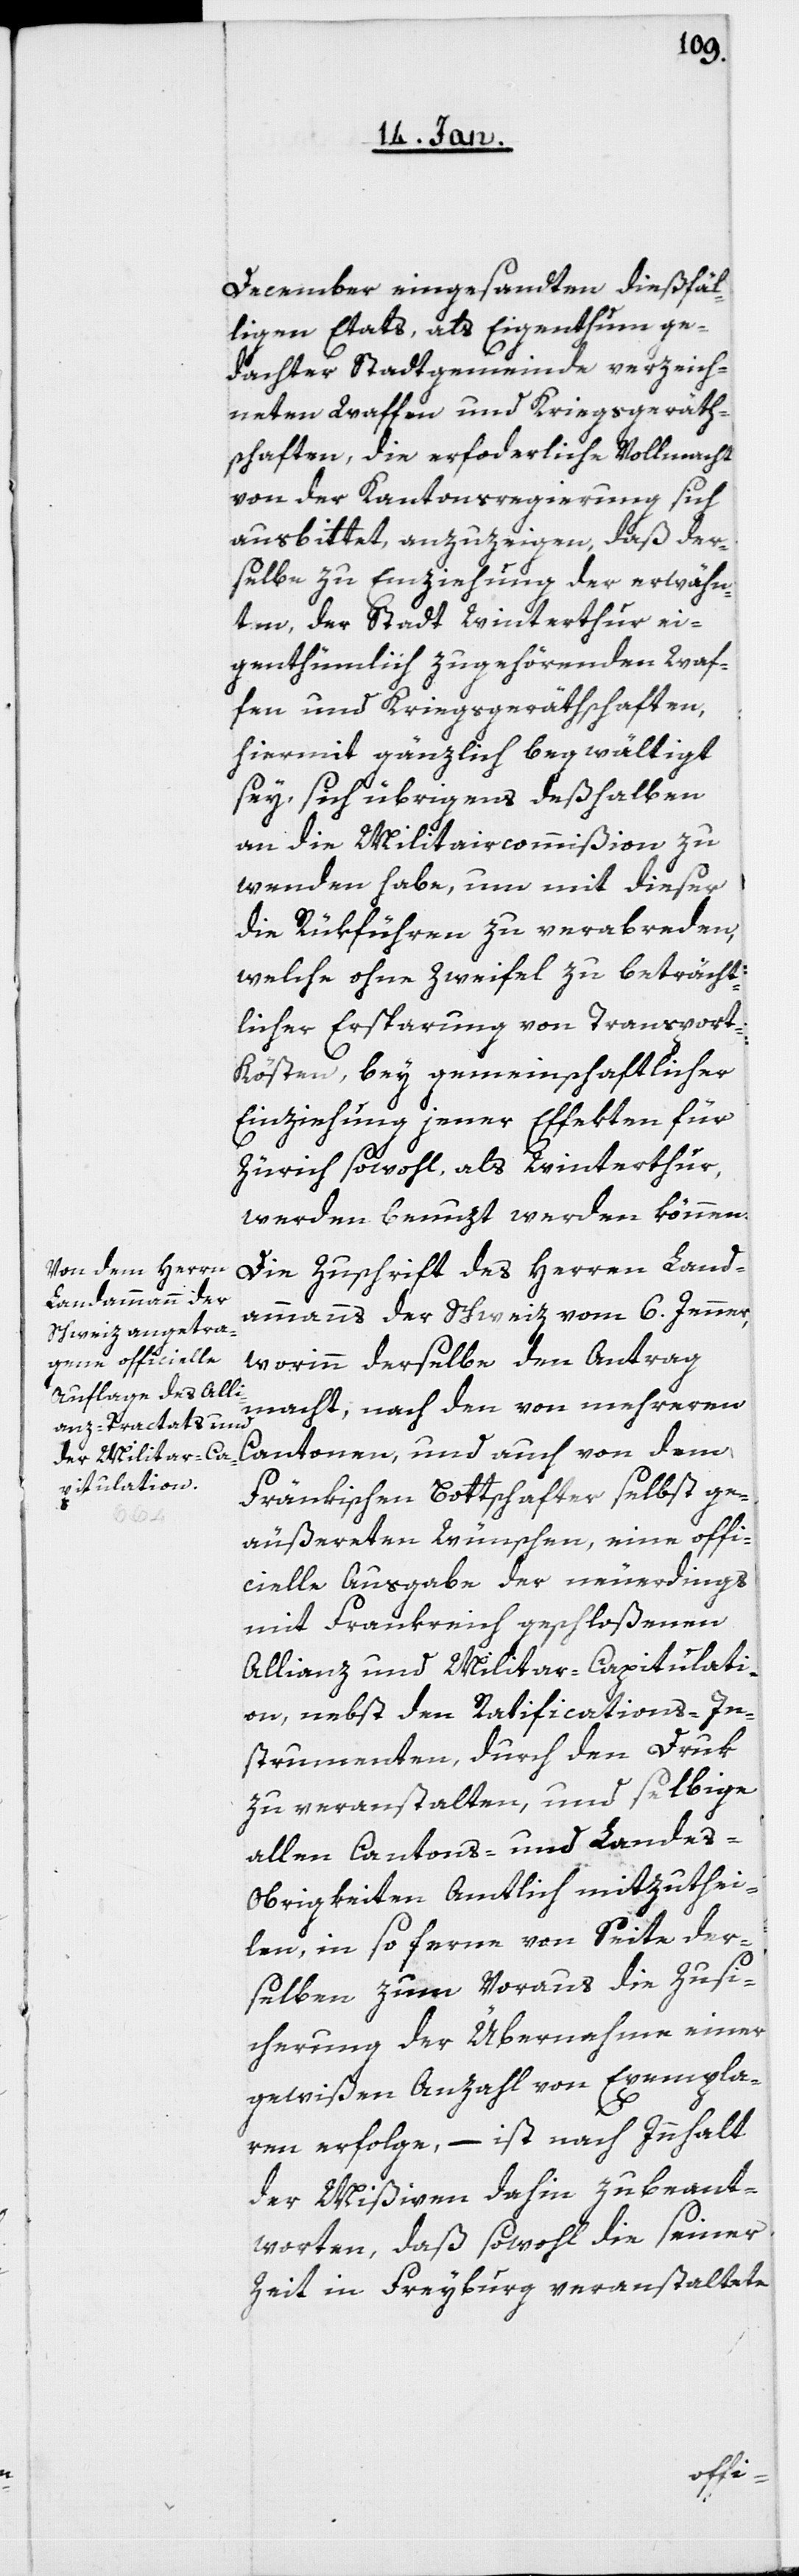
December eingesandten dießfäl¬
ligen Etats, als Eigenthum ge¬
dachter Stadtgemeinde verzeich¬
neten Waffen und Kriegsgeräth¬
schaften, die erforderliche Vollmacht
von der Kantonsregierung sich
ausbittet, anzuzeigen, daß der¬
selbe zu Einziehung der erwähn¬
ten, der Stadt Winterthur ei¬
genthümlich zugehörenden Waf¬
fen und Kriegsgeräthschaften,
hiermit gänzlich begwältigt
sey, sich übrigens deßelben
an die Militaircommißion zu
wenden habe, um mit dieser
welche ohne Zweifel zu beträcht¬
licher Ersparung von Transpor¬
t-Kösten, bey gemeinschaftlicher
Einziehung jener Effekten für
Zürich sowohl, als Winterthur
werden benuzt werden können.
Die Zuschrift des Herren Land¬
ammanns der Schweiz vom 6. Jenner,
worinn derselbe den Antrag
macht, nach den von mehreren
Cantonen, und auch von dem
Fränkischen Bottschafter selbst ge¬
äußerten Wünschen, eine offi¬
cielle Ausgabe der neuerdings
mit Frankreich geschloßenen
Allianz und Militar-Capitulati¬
on, nebst den Ratifications-In¬
strumenten, durch den Druk
zu veranstalten, und selbige
allen Cantons- und Lande¬
s-Obrigkeiten Amtlich mitzuthei¬
len, in so ferne von Seite der¬
selben zum Voraus die Zusi¬
cherung der Übernahme einer
gewißen Anzahl von Exempla¬
ren erfolge, – ist nach Innhalt
der Mißiven dahin zu beant¬
worten, daß sowohl die seiner
Zeit in Freyburg veranstaltete